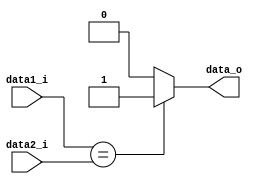
module EQ
(
  data1_i,
  data2_i,
	data_o
);

input [31:0] data1_i;
input [31:0] data2_i;
output data_o;

reg data_o;

always@(*) begin
    if( data1_i == data2_i )
		  begin
		    data_o = 1'b1;
		  end
		else
		  begin
			  data_o = 1'b0;
			end
end

endmodule